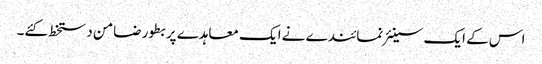
اس کے ایک سینئر نمائندے نے ایک معاہدے پر بطور ضامن دستخط کئے۔